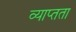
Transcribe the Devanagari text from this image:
व्याप्तता